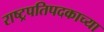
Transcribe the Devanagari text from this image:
राष्ट्रपतिपदकाच्या